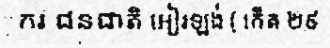
ករ ជនជាតិ អៀរឡង់ ( កើត ២៩